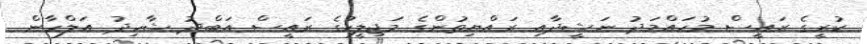
ކުރީގެ ރައީސް މުހައްމަދު ނަޝީދާއި ރައްޔިތުންގެ މަޖިލީހުގެ ރައީސް އަބްދު ޝާހިދު އަލްހާން